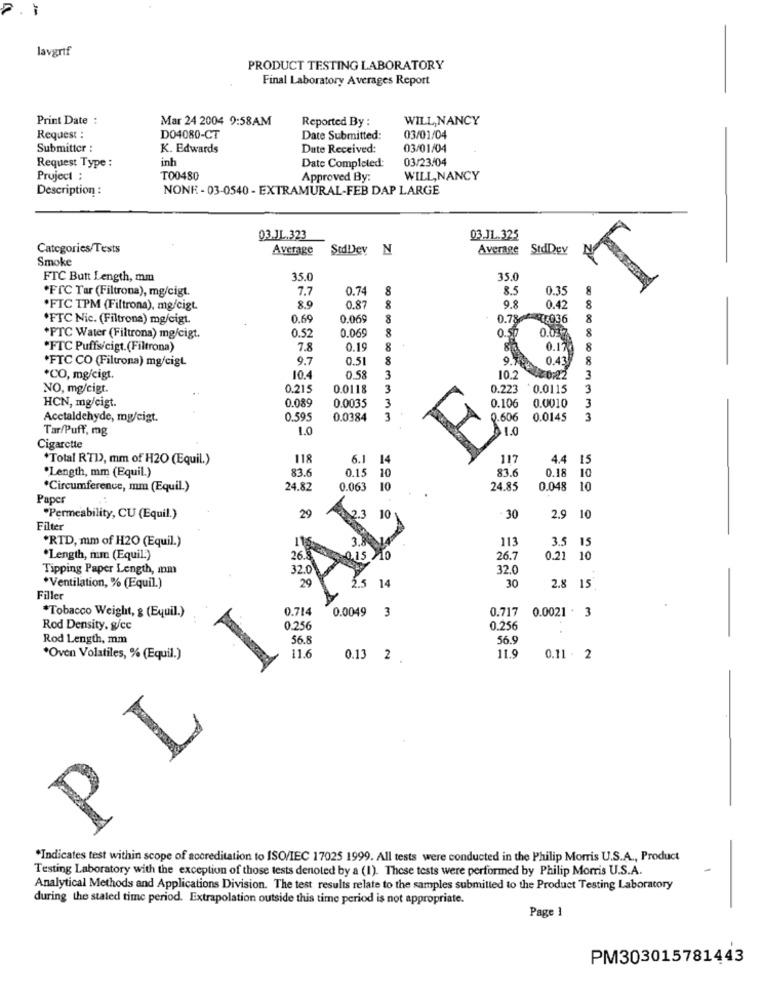
lavgrif
PRODUCT TESTING LABORATORY
Final Laboratory Averages Report
Print Date :
Mar 24 2004 9:58AM
Reported By :
WILL,NANCY
Request :
DO4080-CT
Date Submitted:
03/01/04
Submitter :
K. Edwards
Date Received:
03/01/04
inh
03/23/04
Request Type :
Date Completed:
Project :
T00480
Approved By:
WILL, NANCY
Description :
NONE - 03-0540 - EXTRAMURAL-FEB DAP LARGE
03.JL.323
03.JL.325
Categories/Tests
Average
StdDey N
Average
StdDev
Smoke
FTC Butt Length, mm
35.0
35.0
*FIC Tar (Filtrona), mg/cigt.
7.7
0.74
8
85
0.35
.FIC TPM (Filtrona), mg/cigt.
8.9
0.87
9.8
0.42
*FTC Nic. (Filtrona) mg/cigt.
0.69
0.069
8
0.786 *** 7036
8
0.5
0.069
8
0.50
*FTC Water (Filtrona) mg/cigt.
0.037.
*FTC Puffs/cigt.(Filtrona)
7.8
0.19
8
0.17
9.7
0.51
8
0.43
*FTC CO (Filtrona) mg/cigt
9.700
*CO, mg/cigt.
10.4
0.58
3
10.2
<- 0,22
NO, mg/cigt.
0.215
0.0118
3
0.223
0.0115
0.089
0.0035
3
HCN, mg/cigt.
0.106
0.0010
Acctaldehyde, mg/cigt.
0.595
0.0384
3
0.606
0.0145
3
Tar/Puff, mg
1.0
1.0
Cigarette
*Total RTD), mm of H2O (Equil.)
118
6.1 1
4.4
15
*Length, mm (Equil.)
83.6
0.15
10
83.6
0.18
10
*Circumference, mm (Equil.)
24.82
0.063
10
24.85
0.048 10
Paper
"Permeability, CU (Equil.)
29
123
10
30
2.9
10
Filter
3.5 15
*RTD, mm of H2O (Equil.)
1150
113
*Length, mm (Equil.)
26.8
26.7
0.21 10
Tipping Paper Length, mm
32.0
20
*Ventilation, % (Equil.)
30
2.8 15.
Filler
0.714
0.0049
0.717
*Tobacco Weight, g (Equil.)
3
0.0021 . 3
Rod Density. g/cc
0.256
0.256
Rod Length, mm
56.8
56.9
11.6
11.9
*Oven Volatiles, % (Equil.)
1
0.13 2
0.11 - 2
PL
*Indicates test within scope of accreditation to ISO/IEC 17025 1999. All tests were conducted in the Philip Morris U.S.A ., Product
Testing Laboratory with the exception of those tests denoted by a (1). These tests were performed by Philip Morris U.S.A.
Analytical Methods and Applications Division. The test results relate to the samples submitted to the Product Testing Laboratory
during the stated time period. Extrapolation outside this time period is not appropriate.
Page 1
PM303015781443